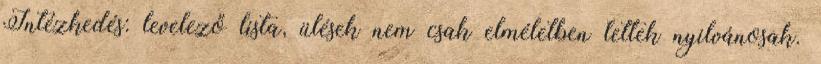
Intézkedés: levelező lista, ülések nem csak elméletben lettek nyilvánosak.